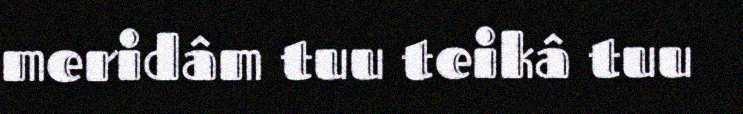
meridâm tuu teikâ tuu